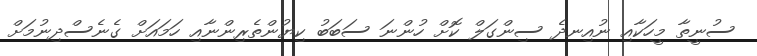
ސުނީތާ މީހަކާއި ނުއިނދެ ސިންގަލް ކޮށް ހުންނަ ސަބަބު ކިޔުންތެރިންނާއި ހަމައަށް ގެނެސްދިނުމަށް